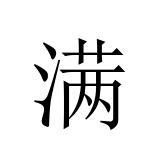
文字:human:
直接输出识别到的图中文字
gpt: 满